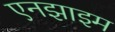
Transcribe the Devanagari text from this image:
एनझाइम